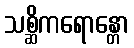
သစ္ဆိကရောန္တော